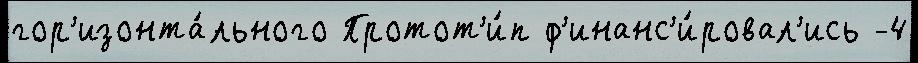
гор'изонта́льного Протот'и́п ф'инанс'и́ровал'ись -4